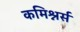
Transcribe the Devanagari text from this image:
कमिश्नर्स